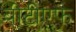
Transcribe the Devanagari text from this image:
बीटीएफ